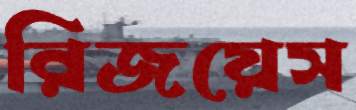
রিজয়েস